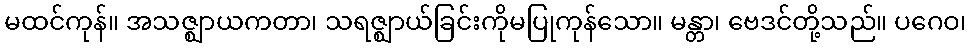
မထင်ကုန်။ အသဇ္ဈာယကတာ၊ သရဇ္ဈာယ်ခြင်းကိုမပြုကုန်သော။ မန္တာ၊ ဗေဒင်တို့သည်။ ပဂေဝ၊